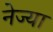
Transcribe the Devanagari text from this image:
नेज्या